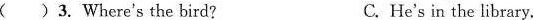
( )3.Where's the bird? C.He's in the library.